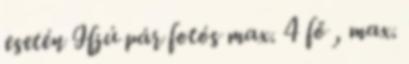
esetén Ifjú pár fotós max. 4 fő , max.